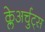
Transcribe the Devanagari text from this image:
क्लेअर्चुट्स